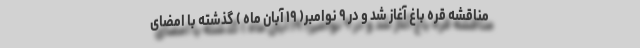
مناقشه قره باغ آغاز شد و در ۹ نوامبر( ۱۹ آبان ماه ) گذشته با امضای